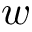
w